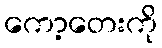
ကော့တေးကို